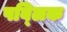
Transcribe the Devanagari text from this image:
पब्‍लिक